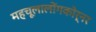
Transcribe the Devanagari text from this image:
महचूलालोंगकोर्नर